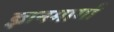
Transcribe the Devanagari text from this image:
ज्ञानमार्गा